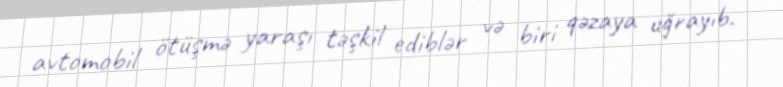
avtomobil ötüşmə yaraşı təşkil ediblər və biri qəzaya uğrayıb.